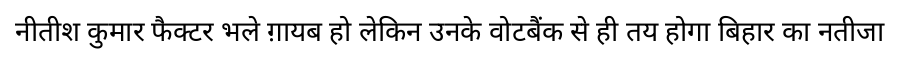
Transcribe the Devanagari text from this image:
नीतीश कुमार फैक्टर भले ग़ायब हो लेकिन उनके वोटबैंक से ही तय होगा बिहार का नतीजा